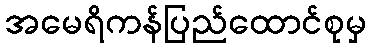
အမေရိကန်ပြည်ထောင်စုမှ